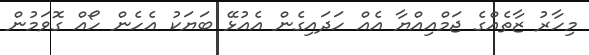
މިހާރު ޒާތެއްގެ ޖަމްއިއްޔާ އެއް ހަދައިގެން އެއުޅޭ ބަޔަކު އެހެން ހޯއް ގޮވަމުން